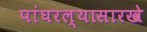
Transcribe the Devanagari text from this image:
पांघरल्यासारखे